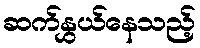
ဆက်နွှယ်နေသည့်